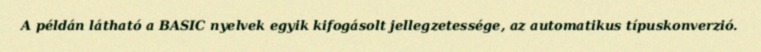
A példán látható a BASIC nyelvek egyik kifogásolt jellegzetessége, az automatikus típuskonverzió.